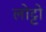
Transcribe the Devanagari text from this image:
लोट्टो